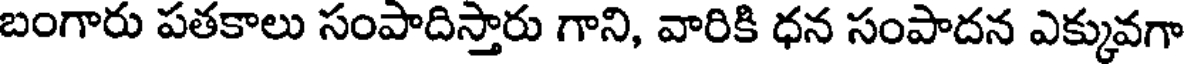
బంగారు పతకాలు సంపాదిస్తారు గాని, వారికి ధన సంపాదన ఎక్కువగా